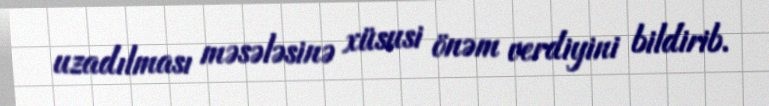
uzadılması məsələsinə xüsusi önəm verdiyini bildirib.